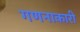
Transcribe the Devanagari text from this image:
गणनाकारी